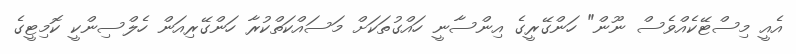
އެއީ މިސްޓޭކެއްވެސް ނޫން" ހަންގޭރީގެ އިންސާނީ ހައްގުތަކަށް މަސައްކަތްކުރާ ހަންގޭރިއަން ހެލްސިންކީ ކޮމިޓީގެ